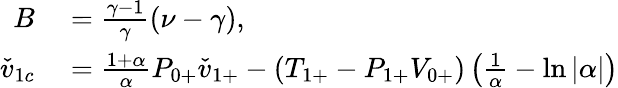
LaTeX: \begin{array}{rl}{B}&{{}=\frac{\gamma-1}{\gamma}(\nu-\gamma),}\\ {\check{v}_{1c}}&{{}=\frac{1+\alpha}{\alpha}{P}_{0+}\check{v}_{1+}-({T}_{1+}-{P}_{1+}{V}_{0+})\left(\frac{1}{\alpha}-\ln{|\alpha|}\right)}\end{array}